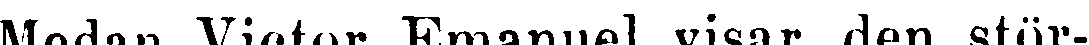
Medan Victor Emanuel visar den stör-